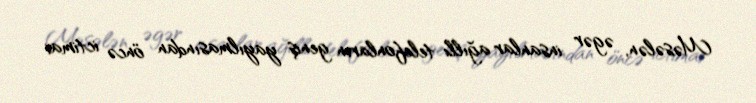
Məsələn, əgər insanlar ağıllı telefonların geniş yayılmasından öncə ictimai